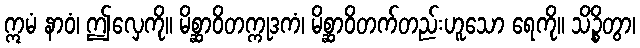
ဣမံ နာဝံ၊ ဤလှေကို။ မိစ္ဆာဝိတက္ကုဒကံ၊ မိစ္ဆာဝိတက်တည်းဟူသော ရေကို။ သိဉ္စိတွာ၊